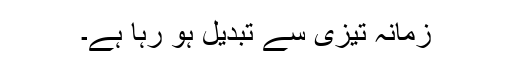
زمانہ تیزی سے تبدیل ہو رہا ہے۔